Indian journal of veterinary science and animal husbandry - Volumes 18-21, 1948-1951
Year: 1948
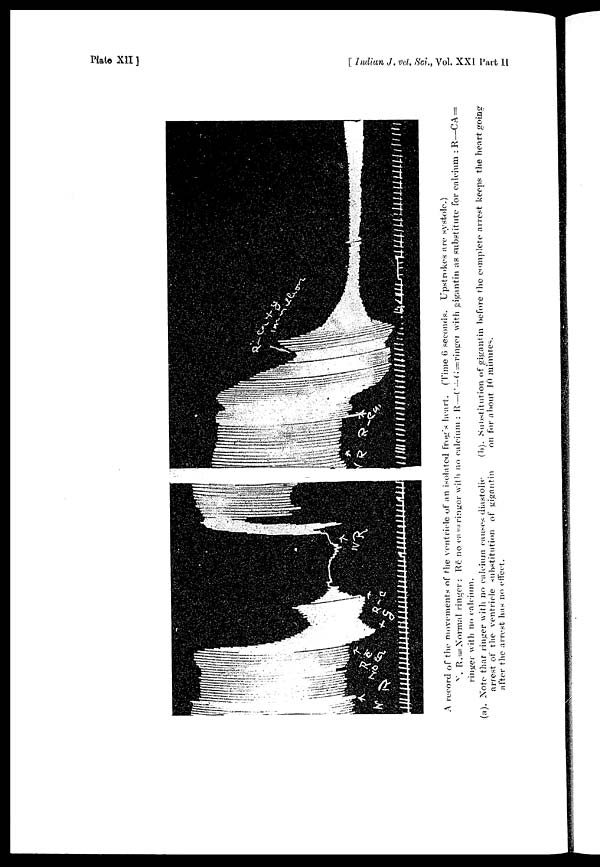
Plate XII ]
[ Indian J. vet. Sci., Vol. XXI Part I
A record of the movements of the ventricle of an isolated frog's heart. (Time 6 seconds. Upstrokes are systole.)
R.= Normal ringer: Rē no ea = ringor with no calcium : R—C+G=ringei with gigantin as substitute for calcium :R—CA =
ringer with no calcium.
(a). Note that linger with no calcium causes diastolic
arrest of the ventricle substitution of gigantin
after the arrest has no effect.
(b). Suhstitution of gigantin before the complete arrest keeps the heart going
on for about 10 minutes.